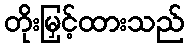
တိုးမြှင့်ထားသည်